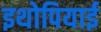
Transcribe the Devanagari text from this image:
इथोपियाई